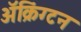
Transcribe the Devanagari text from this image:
ॲक्रिंग्टन